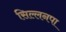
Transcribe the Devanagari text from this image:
सिल्लनपा